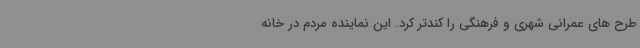
طرح های عمرانی شهری و فرهنگی را کندتر کرد. این نماینده مردم در خانه